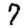
Digit: 7